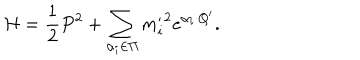
{ \cal H } = { \frac { 1 } { 2 } } P ^ { 2 } + \sum _ { \alpha _ { i } \in \Pi } { m _ { i } ^ { \prime } } ^ { 2 } e ^ { \alpha _ { i } \cdot Q ^ { \prime } } .